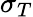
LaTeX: \sigma_{T}